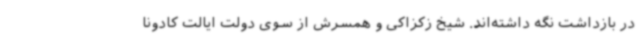
در بازداشت نگه داشته‌اند. شیخ زکزاکی و همسرش از سوی دولت ایالت کادونا